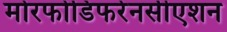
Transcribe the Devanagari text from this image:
मोरफोडिफरेनसीएशन